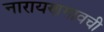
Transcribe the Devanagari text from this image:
नारायणगावची